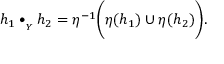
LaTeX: h _ { 1 } \bullet _ { { } _ { Y } } h _ { 2 } = \eta ^ { - 1 } \bigg ( \eta ( h _ { 1 } ) \cup \eta ( h _ { 2 } ) \bigg ) .